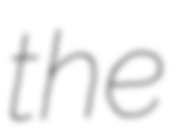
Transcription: the